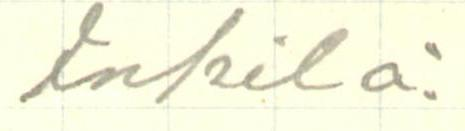
Inkilä.